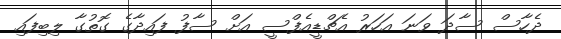
ދެހާސް ސާދަ ވަނަ އަހަރު އެޗްޑީއެފްސީ އަށް ސާފު ފައިދާގެ ގޮތުގާ ލިބިފައި